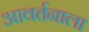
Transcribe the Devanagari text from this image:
आवर्तनाला